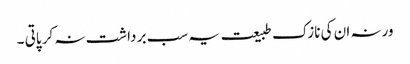
ورنہ ان کی نازک طبیعت یہ سب بر داشت نہ کر پاتی ۔